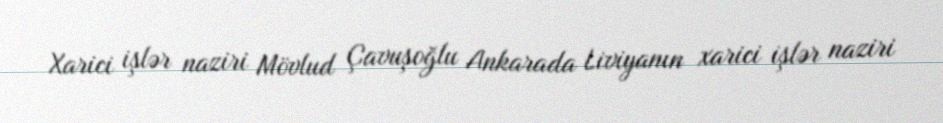
Xarici işlər naziri Mövlud Çavuşoğlu Ankarada Liviyanın xarici işlər naziri